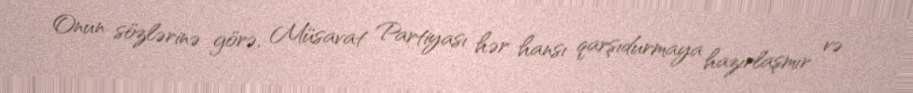
Onun sözlərinə görə, Müsavat Partiyası hər hansı qarşıdurmaya hazırlaşmır və